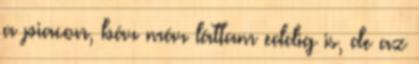
a piacon, bár már láttam eddig is, de az